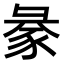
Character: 𧱈